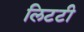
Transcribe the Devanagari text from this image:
लिटटी